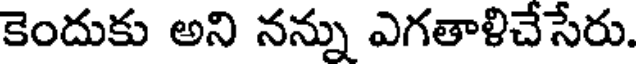
కెందుకు అని నన్ను ఎగతాళిచేసేరు.